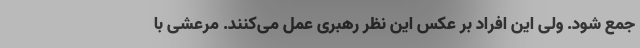
جمع شود. ولی این افراد بر عکس این نظر رهبری عمل می‌کنند. مرعشی با